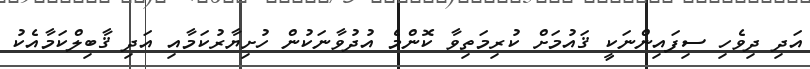
އަދި ދިވެހި ސިފައިންނަކީ ޤައުމަށް ކުރިމަތިވާ ކޮންމެ އުދުވާނަކުން ހުށިޔާރުކަމާއި އަދި ޤާބިލްކަމާއެކު